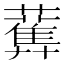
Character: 𧂴